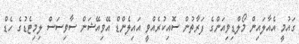
ގައުމީ އެއާލައިން މޯލްޑިވިއަންގެ ފަރާތުން ސޮއިކުރެއްވީ އައިލެންޑް އޭވިއޭޝަން ސާވިސަސް ލިމިޓެޑުގެ ހެޑް